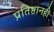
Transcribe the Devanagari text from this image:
प्रतिष्ठानही